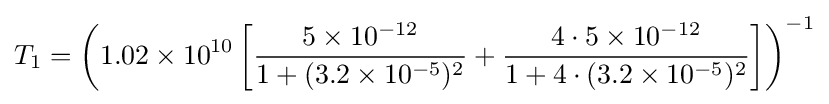
T_{1}=\left(1.02\times 10^{10}\left[{\frac {5\times 10^{-12}}{1+(3.2\times 10^{-5})^{2}}}+{\frac {4\cdot 5\times 10^{-12}}{1+4\cdot (3.2\times 10^{-5})^{2}}}\right]\right)^{-1}